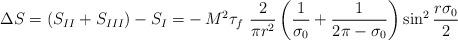
LaTeX: \begin{align*}\Delta S = (S_{II} + S_{III}) - S_{I} = - \, M^2\tau_f~ \frac{2}{\pi r^2}\left( \frac{1}{\sigma_0} + \frac{1}{2 \pi - \sigma_0} \right){\sin}^2 \, \frac{r\sigma_0}{2}\end{align*}